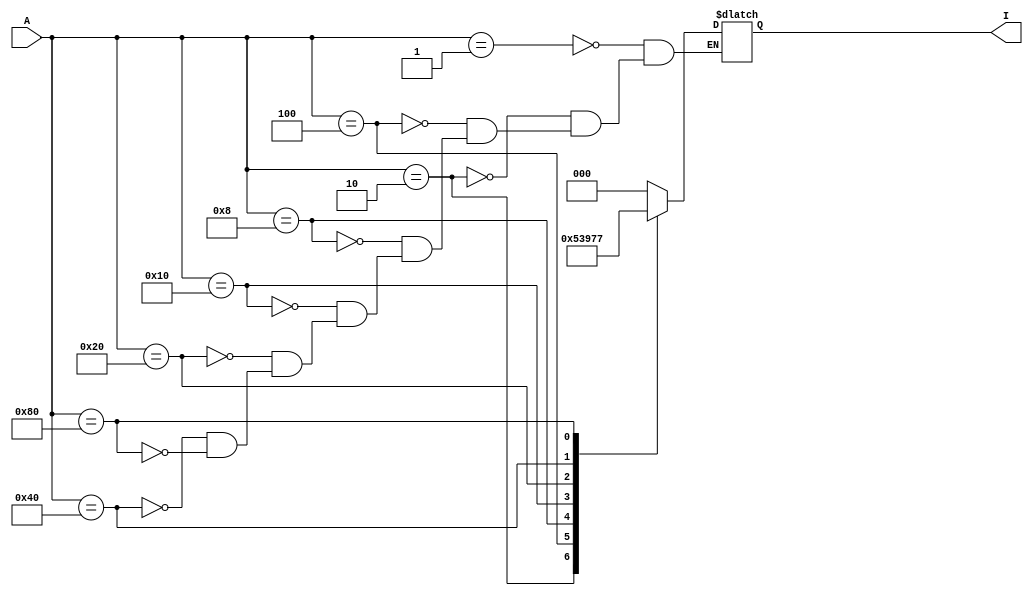
module encoder_behavorial(
      A, I
    );
    input [7:0]A;
    output reg [2:0]I;
    always @ (*) begin 
       case(A)
       8'b00000001 : I= 000;
       8'b00000010 : I= 001;
       8'b00000100 : I= 010;
       8'b00001000 : I= 011;
       8'b00010000 : I= 100;
       8'b00100000 : I= 101;
       8'b01000000 : I= 110;
       8'b10000000 : I= 111;
       endcase
       end
       
endmodule